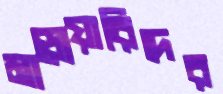
মাড়োয়ারিদের